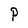
Character: P